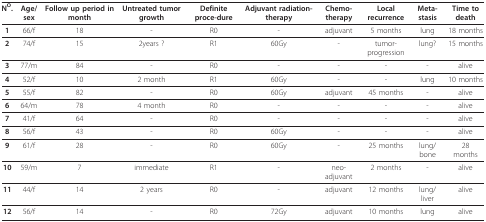
<table><thead><tr><td><b>N<sup>O</sup>.</b></td><td><b>Age/sex</b></td><td><b>Follow up period in month</b></td><td><b>Untreated tumor growth</b></td><td><b>Definite proce-dure</b></td><td><b>Adjuvant radiation-therapy</b></td><td><b>Chemo-therapy</b></td><td><b>Local recurrence</b></td><td><b>Meta-stasis</b></td><td><b>Time to death</b></td></tr></thead><tbody><tr><td><b>1</b></td><td>66/f</td><td>18</td><td>-</td><td>R0</td><td>-</td><td>adjuvant</td><td>5 months</td><td>lung</td><td>18 months</td></tr><tr><td><b>2</b></td><td>74/f</td><td>15</td><td>2years ?</td><td>R1</td><td>60Gy</td><td>-</td><td>tumor-progression</td><td>lung?</td><td>15 months</td></tr><tr><td><b>3</b></td><td>77/m</td><td>84</td><td>-</td><td>R0</td><td>-</td><td>-</td><td>-</td><td>-</td><td>alive</td></tr><tr><td><b>4</b></td><td>52/f</td><td>10</td><td>2 month</td><td>R1</td><td>60Gy</td><td>-</td><td>-</td><td>lung</td><td>10 months</td></tr><tr><td><b>5</b></td><td>55/f</td><td>82</td><td>-</td><td>R0</td><td>60Gy</td><td>adjuvant</td><td>45 months</td><td>-</td><td>alive</td></tr><tr><td><b>6</b></td><td>64/m</td><td>78</td><td>4 month</td><td>R0</td><td>-</td><td>-</td><td>-</td><td>-</td><td>alive</td></tr><tr><td><b>7</b></td><td>41/f</td><td>64</td><td>-</td><td>R0</td><td>-</td><td>-</td><td>-</td><td>-</td><td>alive</td></tr><tr><td><b>8</b></td><td>56/f</td><td>43</td><td>-</td><td>R0</td><td>60Gy</td><td>-</td><td>-</td><td>-</td><td>alive</td></tr><tr><td><b>9</b></td><td>61/f</td><td>28</td><td>-</td><td>R0</td><td>60Gy</td><td>-</td><td>25 months</td><td>lung/bone</td><td>28months</td></tr><tr><td><b>10</b></td><td>59/m</td><td>7</td><td>immediate</td><td>R1</td><td>-</td><td>neo-adjuvant</td><td>2 months</td><td>-</td><td>alive</td></tr><tr><td><b>11</b></td><td>44/f</td><td>14</td><td>2 years</td><td>R0</td><td>-</td><td>adjuvant</td><td>12 months</td><td>lung/liver</td><td>alive</td></tr><tr><td><b>12</b></td><td>56/f</td><td>14</td><td>-</td><td>R0</td><td>72Gy</td><td>adjuvant</td><td>10 months</td><td>lung</td><td>alive</td></tr></tbody></table>